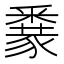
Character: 𨤜